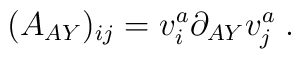
(A_{AY})_{ij} =v^a_i\partial_{AY}v^a_j\; .